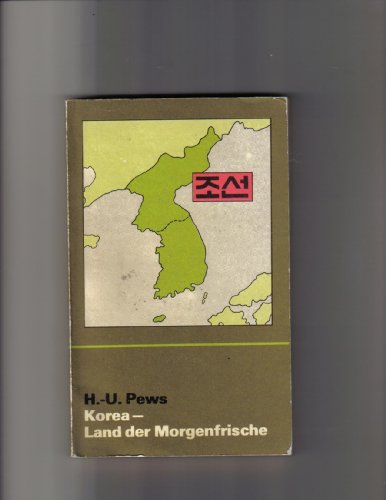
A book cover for Korea, Land der Morgenfrische (Geographische Bausteine) (German Edition); Hans-Ulrich Pews; Travel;